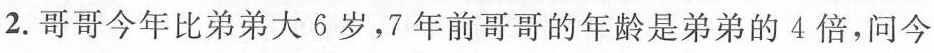
2.哥哥今年比弟弟大6岁，7年前哥哥的年龄是弟弟的4倍，问今